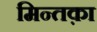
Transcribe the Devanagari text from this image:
मिन्तक़ा